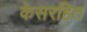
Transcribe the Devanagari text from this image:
केसरहित